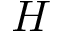
H